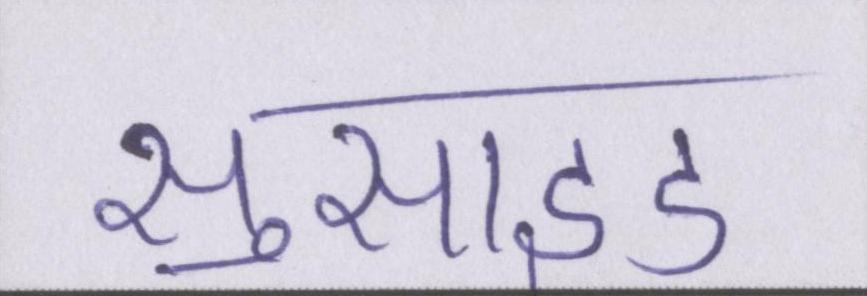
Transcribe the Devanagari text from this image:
सुसाइड